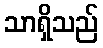
သာရှိသည်